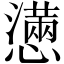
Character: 懣